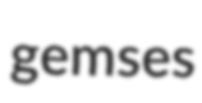
gemses